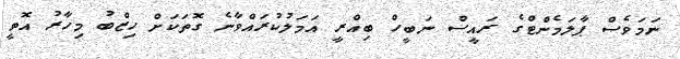
ނަމަވެސް ޕާލަމެންޓްގެ ރައީސް ނަބީހް ބިއްރީ އަމަލުކުރައްވާނެ ގޮތަކަށް ހިޒްބު މިހާރު އޮތީ